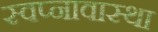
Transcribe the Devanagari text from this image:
स्वप्नावास्था